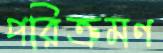
পরিক্রমণ